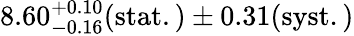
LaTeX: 8.60_{-0.16}^{+0.10}(\mathrm{stat.)\pm 0.31(\mathrm{syst.)}}